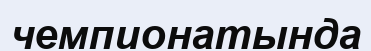
чемпионатында